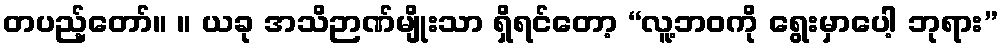
တပည့်တော်။ ။ ယခု အသိဉာဏ်မျိုးသာ ရှိရင်တော့ “လူ့ဘဝကို ရွေးမှာပေါ့ ဘုရား”